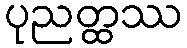
ပုညတ္ထဿ